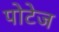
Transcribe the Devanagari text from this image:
पोटेज